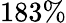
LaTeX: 183\%